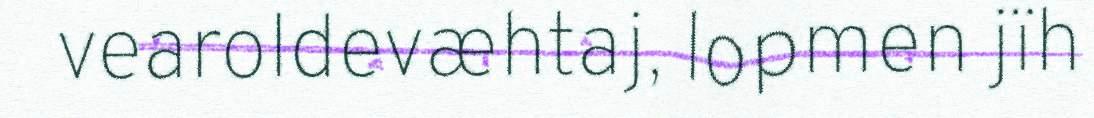
vearoldevæhtaj, lopmen jïh